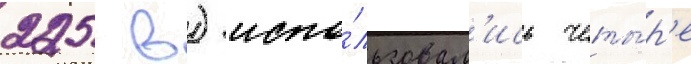
225 в) испо́льзовал'ись четы́р'е